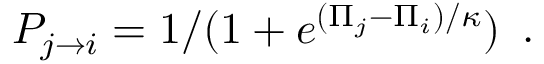
\begin{array} { l } { P _ { j \to i } = 1 / ( 1 + e ^ { ( \Pi _ { j } - \Pi _ { i } ) / \kappa } ) } \end{array} .